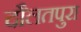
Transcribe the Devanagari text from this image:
दौलतपुरा